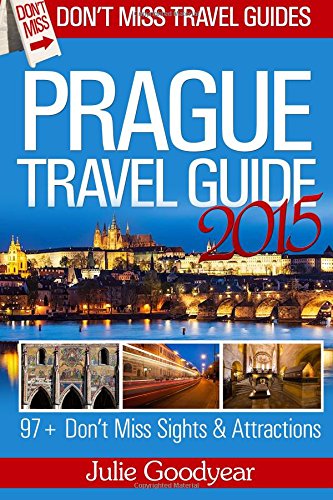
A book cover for Prague Travel Guide (Don't Miss Travel Guides); Julie Goodyear; Travel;